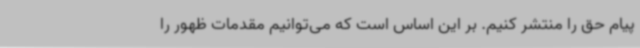
پیام حق را منتشر کنیم. بر این اساس است که می‌توانیم مقدمات ظهور را